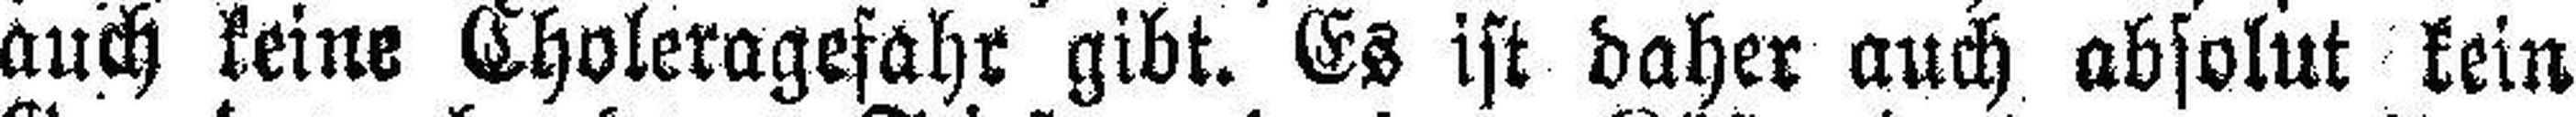
auch keine Choleragefahr gibt. Es ist daher auch absolut kein